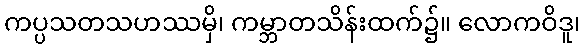
ကပ္ပသတသဟဿမှိ၊ ကမ္ဘာတသိန်းထက်၌။ လောကဝိဒူ၊